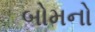
બોમનો